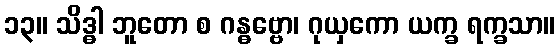
၁၃။ သိဒ္ဓါ ဘူတော စ ဂန္ဓဗ္ဗော၊ ဂုယှကော ယက္ခ ရက္ခသာ။